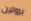
بروتين